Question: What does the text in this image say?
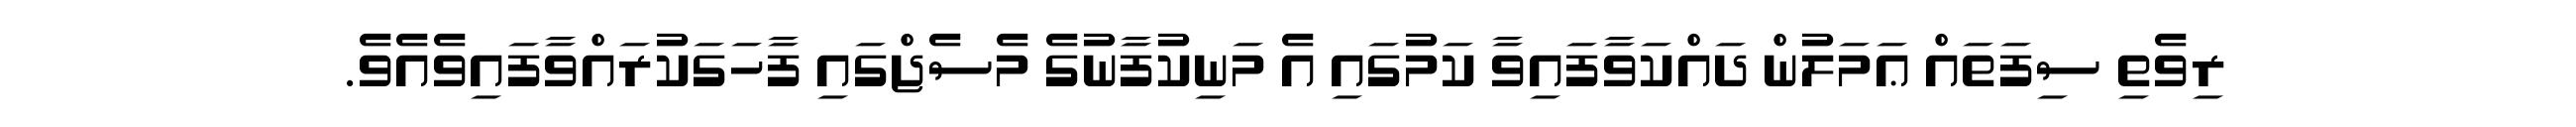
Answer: ރިވެތި ސިފަތައް ޢަމަލުން ދައްކަވާފައިވާ ކަމުގައި އެ މަނިކުފާނުގެ މެސެޖްގައި ފާހަގަކުރައްވާފައިވެއެވެ.